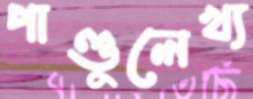
পাণ্ডুলেখ্য